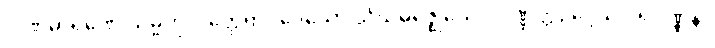
ပါဏဓာရဏေ သမ္ဗဟုလတ္ထေရာပဒေသော သံဃမဇ္ဈေယေဝ ပဏ္ဏတ္တိဥဒ္ဒေသဝါရဝဏ္ဏနာ